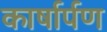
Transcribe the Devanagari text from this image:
कार्षार्पण